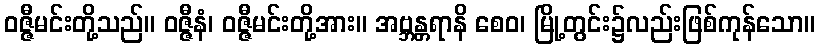
ဝဇ္ဇီမင်းတို့သည်။ ဝဇ္ဇီနံ၊ ဝဇ္ဇီမင်းတို့အား။ အဗ္ဘန္တရာနိ စေဝ၊ မြို့တွင်း၌လည်းဖြစ်ကုန်သော။